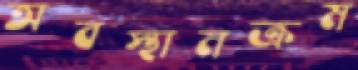
অবস্থানক্রম